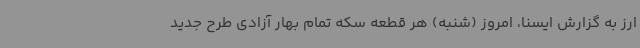
ارز به گزارش ایسنا، امروز (شنبه) هر قطعه سکه تمام بهار آزادی طرح جدید